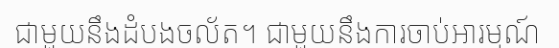
ជាមួយនឹងដំបងចល័ត។ ជាមួយនឹងការចាប់អារម្មណ៍